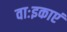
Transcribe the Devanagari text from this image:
वाःइकाएं